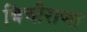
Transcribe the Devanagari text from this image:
बिचीराजा